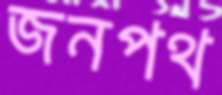
জনপথ